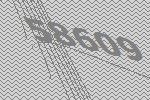
58609